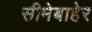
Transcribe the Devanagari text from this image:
सीमेबाहेर